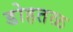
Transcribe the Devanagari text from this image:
डोहतळ